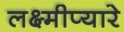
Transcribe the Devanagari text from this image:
लक्ष्मीप्यारे